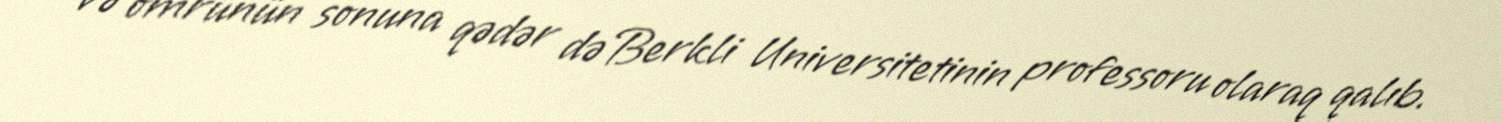
və ömrünün sonuna qədər də Berkli Universitetinin professoru olaraq qalıb.